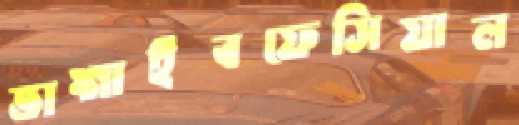
ভাঙ্গাইবফেসিয়াল